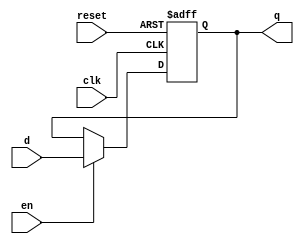
`timescale 1ns / 1ps
//////////////////////////////////////////////////////////////////////////////////
// Company: HITSZ
// 
// Design Name: 
// Module Name: DFlipFlop
// Project Name: 
// Target Devices: 
// Tool Versions: 
// Description: 
//  D 
// Dependencies: 
// 
// Revision:
// Revision 0.01 - File Created
// Additional Comments:
// 
//////////////////////////////////////////////////////////////////////////////////


module DFlipFlop(
    input clk,
    input reset,
    input d,
    input en,
    output q
    );

    reg q_reg;

    always @(posedge clk, posedge reset) begin
        if (reset)
            q_reg <= 1'b0;
        else if (en)
            q_reg <= d;
    end

    assign q = q_reg;

endmodule